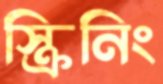
স্ক্রিনিং